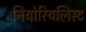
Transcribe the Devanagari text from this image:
नियोरियलिस्ट